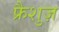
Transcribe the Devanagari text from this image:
फ्रैशुज़